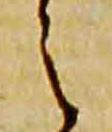
之